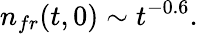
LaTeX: n_{fr}(t,0)\sim t^{-0.6}.